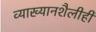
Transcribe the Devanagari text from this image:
व्याख्यानशैलीही